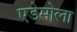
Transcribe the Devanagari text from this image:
एडेमोला